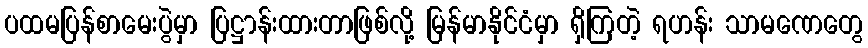
ပထမပြန်စာမေးပွဲမှာ ပြဋ္ဌာန်းထားတာဖြစ်လို့ မြန်မာနိုင်ငံမှာ ရှိကြတဲ့ ရဟန်း သာမဏေတွေ